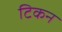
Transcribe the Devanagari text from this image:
टिकन